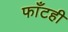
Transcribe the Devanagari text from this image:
फाँटही